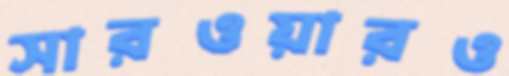
সারওয়ারও